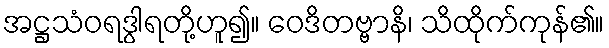
အဋ္ဌသံဝရဒွါရတို့ဟူ၍။ ဝေဒိတဗ္ဗာနိ၊ သိထိုက်ကုန်၏။